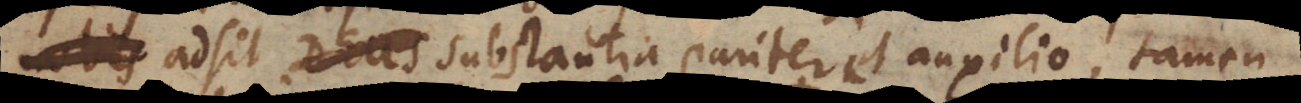
adsit substantia pariter et auxilio, tamen